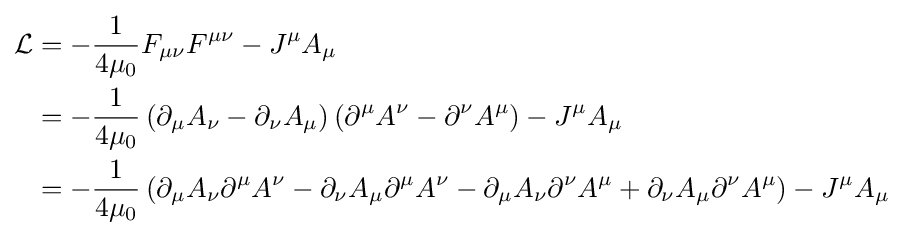
{\begin{aligned}{\mathcal {L}}&=-{\frac {1}{4\mu _{0}}}F_{\mu \nu }F^{\mu \nu }-J^{\mu }A_{\mu }\\&=-{\frac {1}{4\mu _{0}}}\left(\partial _{\mu }A_{\nu }-\partial _{\nu }A_{\mu }\right)\left(\partial ^{\mu }A^{\nu }-\partial ^{\nu }A^{\mu }\right)-J^{\mu }A_{\mu }\\&=-{\frac {1}{4\mu _{0}}}\left(\partial _{\mu }A_{\nu }\partial ^{\mu }A^{\nu }-\partial _{\nu }A_{\mu }\partial ^{\mu }A^{\nu }-\partial _{\mu }A_{\nu }\partial ^{\nu }A^{\mu }+\partial _{\nu }A_{\mu }\partial ^{\nu }A^{\mu }\right)-J^{\mu }A_{\mu }\\\end{aligned}}